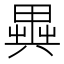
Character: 𠔱